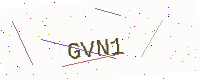
Text: GVN1